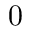
0